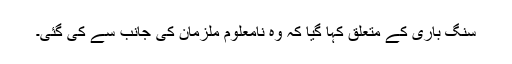
سنگ باری کے متعلق کہا گیا کہ وہ نامعلوم ملزمان کی جانب سے کی گئی۔